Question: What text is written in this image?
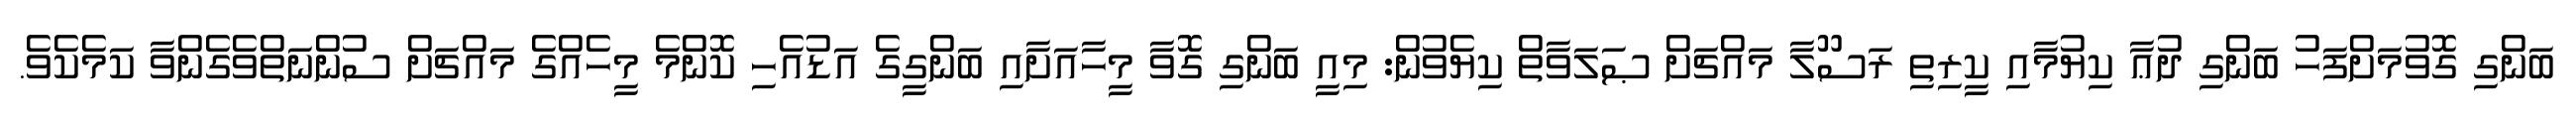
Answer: ބަންގި ގޮވުމަށްފަހު ބަންގި ދުޢާ ކިޔުމާއި ކީރިތި ރަސޫލާ މައްޗަށް ޞަލަވާތް ކިޔެވުން: މިއީ ބަންގި ގޮވާ މީހާއަށާއި ބަންގީގެ އަޑުއެހި ކޮންމެ މީހެއްގެ މައްޗަށް ސުންނަތްވެގެންވާ ކަމެކެވެ.